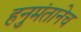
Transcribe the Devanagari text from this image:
हनुमंतानेच